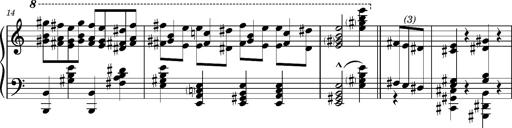
Title: RÃ¡kÃ³czi-Marsch, S.692d
Composer: Franz Liszt
Key: A minor